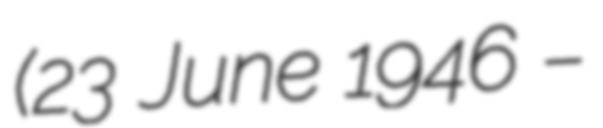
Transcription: (23 June 1946 –